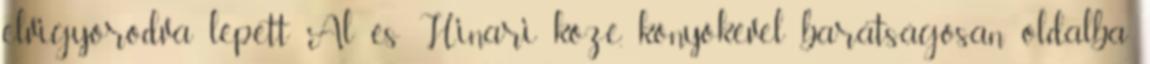
elvigyorodva lépett Al és Hinari közé, könyökével barátságosan oldalba